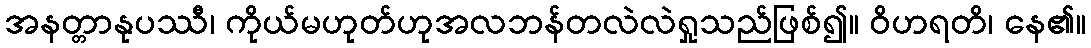
အနတ္တာနုပဿီ၊ ကိုယ်မဟုတ်ဟုအလဘန်တလဲလဲရှုသည်ဖြစ်၍။ ဝိဟရတိ၊ နေ၏။